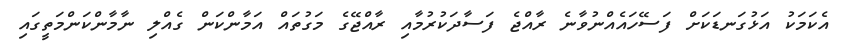
އެކަމަކު އަޅުގަނޑަކަށް ފަސޭހައެއްނުވާނެ ރާއްޖެ ފަސާދަކުރުމާއި ރާއްޖޭގެ މަގުތައް އަމާންކަން ގެއްލި ނާމާންކަންމަތީގައި